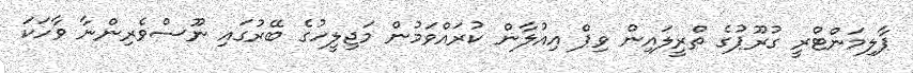
ޕާލިމަންޓްރީ ގުރޫޕުގެ ތްރީލައިން ވިޕް އިއުލާން ކުރައްވަމުން މަޖިލީހުގެ ބޭރުގައި ނޫސްވެރިންނާ ވާހަކަ